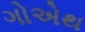
ગોએથ